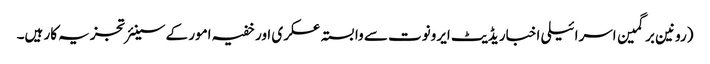
(رونین برگمین اسرائیلی اخبار یڈیٹ ایرونوت سے وابستہ عسکری اور خفیہ امور کے سینئر تجزیہ کار ہیں۔